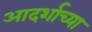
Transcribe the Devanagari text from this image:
आदर्शाच्‍या